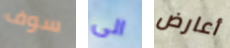
سوف الى أعارض